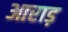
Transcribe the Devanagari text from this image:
आराड़